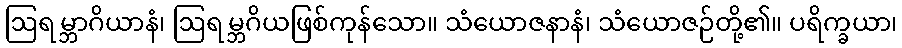
ဩရမ္ဘာဂိယာနံ၊ ဩရမ္ဘဂိယဖြစ်ကုန်သော။ သံယောဇနာနံ၊ သံယောဇဉ်တို့၏။ ပရိက္ခယာ၊